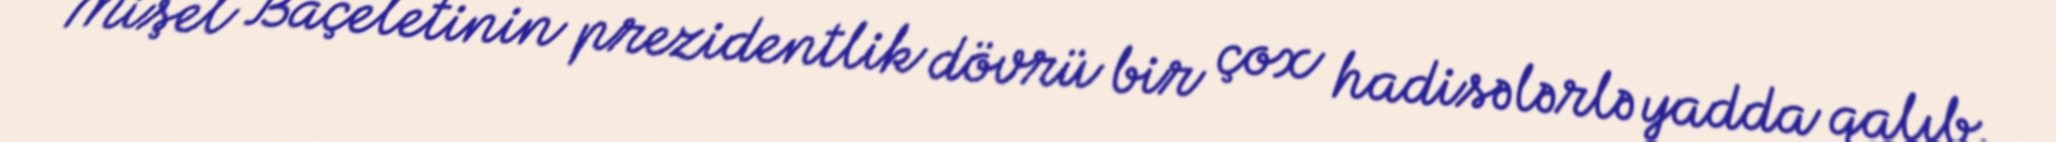
Mişel Baçeletinin prezidentlik dövrü bir çox hadisələrlə yadda qalıb.